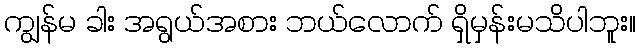
ကျွန်မ ခါး အရွယ်အစား ဘယ်လောက် ရှိမှန်းမသိပါဘူး။